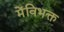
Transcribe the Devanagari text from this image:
मेंविभक्त